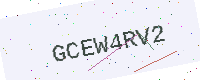
Text: GCEW4RV2